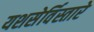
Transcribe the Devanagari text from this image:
यशसेर्विस्तारे